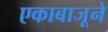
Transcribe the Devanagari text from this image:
एकाबाजूने